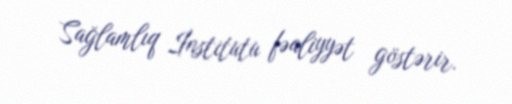
Sağlamlıq İnstitutu fəaliyyət göstərir.